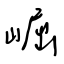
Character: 崛